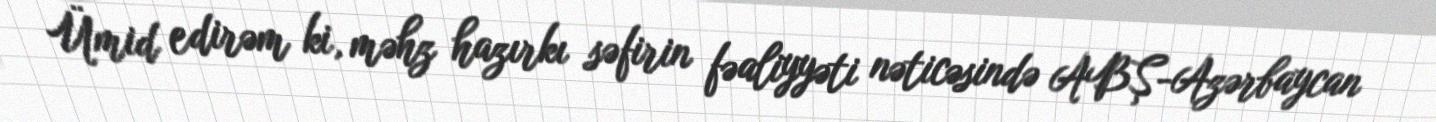
Ümid edirəm ki, məhz hazırkı səfirin fəaliyyəti nəticəsində ABŞ-Azərbaycan